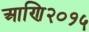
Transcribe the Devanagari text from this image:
आणि२०१५